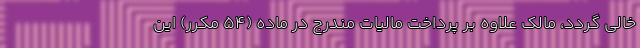
خالی گردد، مالک علاوه بر پرداخت مالیات مندرج در ماده (۵۴ مکرر) این